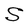
Character: S